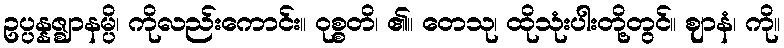
ဥပ္ပန္နဇ္ဈာနမ္ပိ၊ ကိုလည်းကောင်း။ ဝုစ္စတိ၊ ၏။ တေသု၊ ထိုသုံးပါးတို့တွင်။ ဈာနံ၊ ကို။